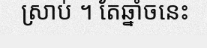
ស្រាប់ ។ តែឆ្នាំចនេះ